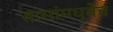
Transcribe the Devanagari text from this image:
तासांमध्येच